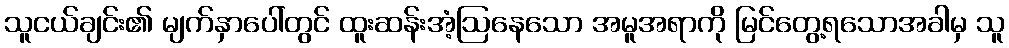
သူငယ်ချင်း၏ မျက်နှာပေါ်တွင် ထူးဆန်းအံ့ဩနေသော အမူအရာကို မြင်တွေ့ရသောအခါမှ သူ